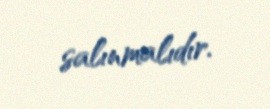
salınmalıdır.